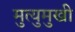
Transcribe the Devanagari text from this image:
मुत्युमुखी